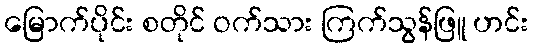
မြောက်ပိုင်း စတိုင် ဝက်သား ကြက်သွန်ဖြူ ဟင်း